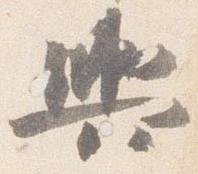
輿